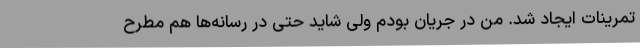
تمرینات ایجاد شد. من در جریان بودم ولی شاید حتی در رسانه‌ها هم مطرح